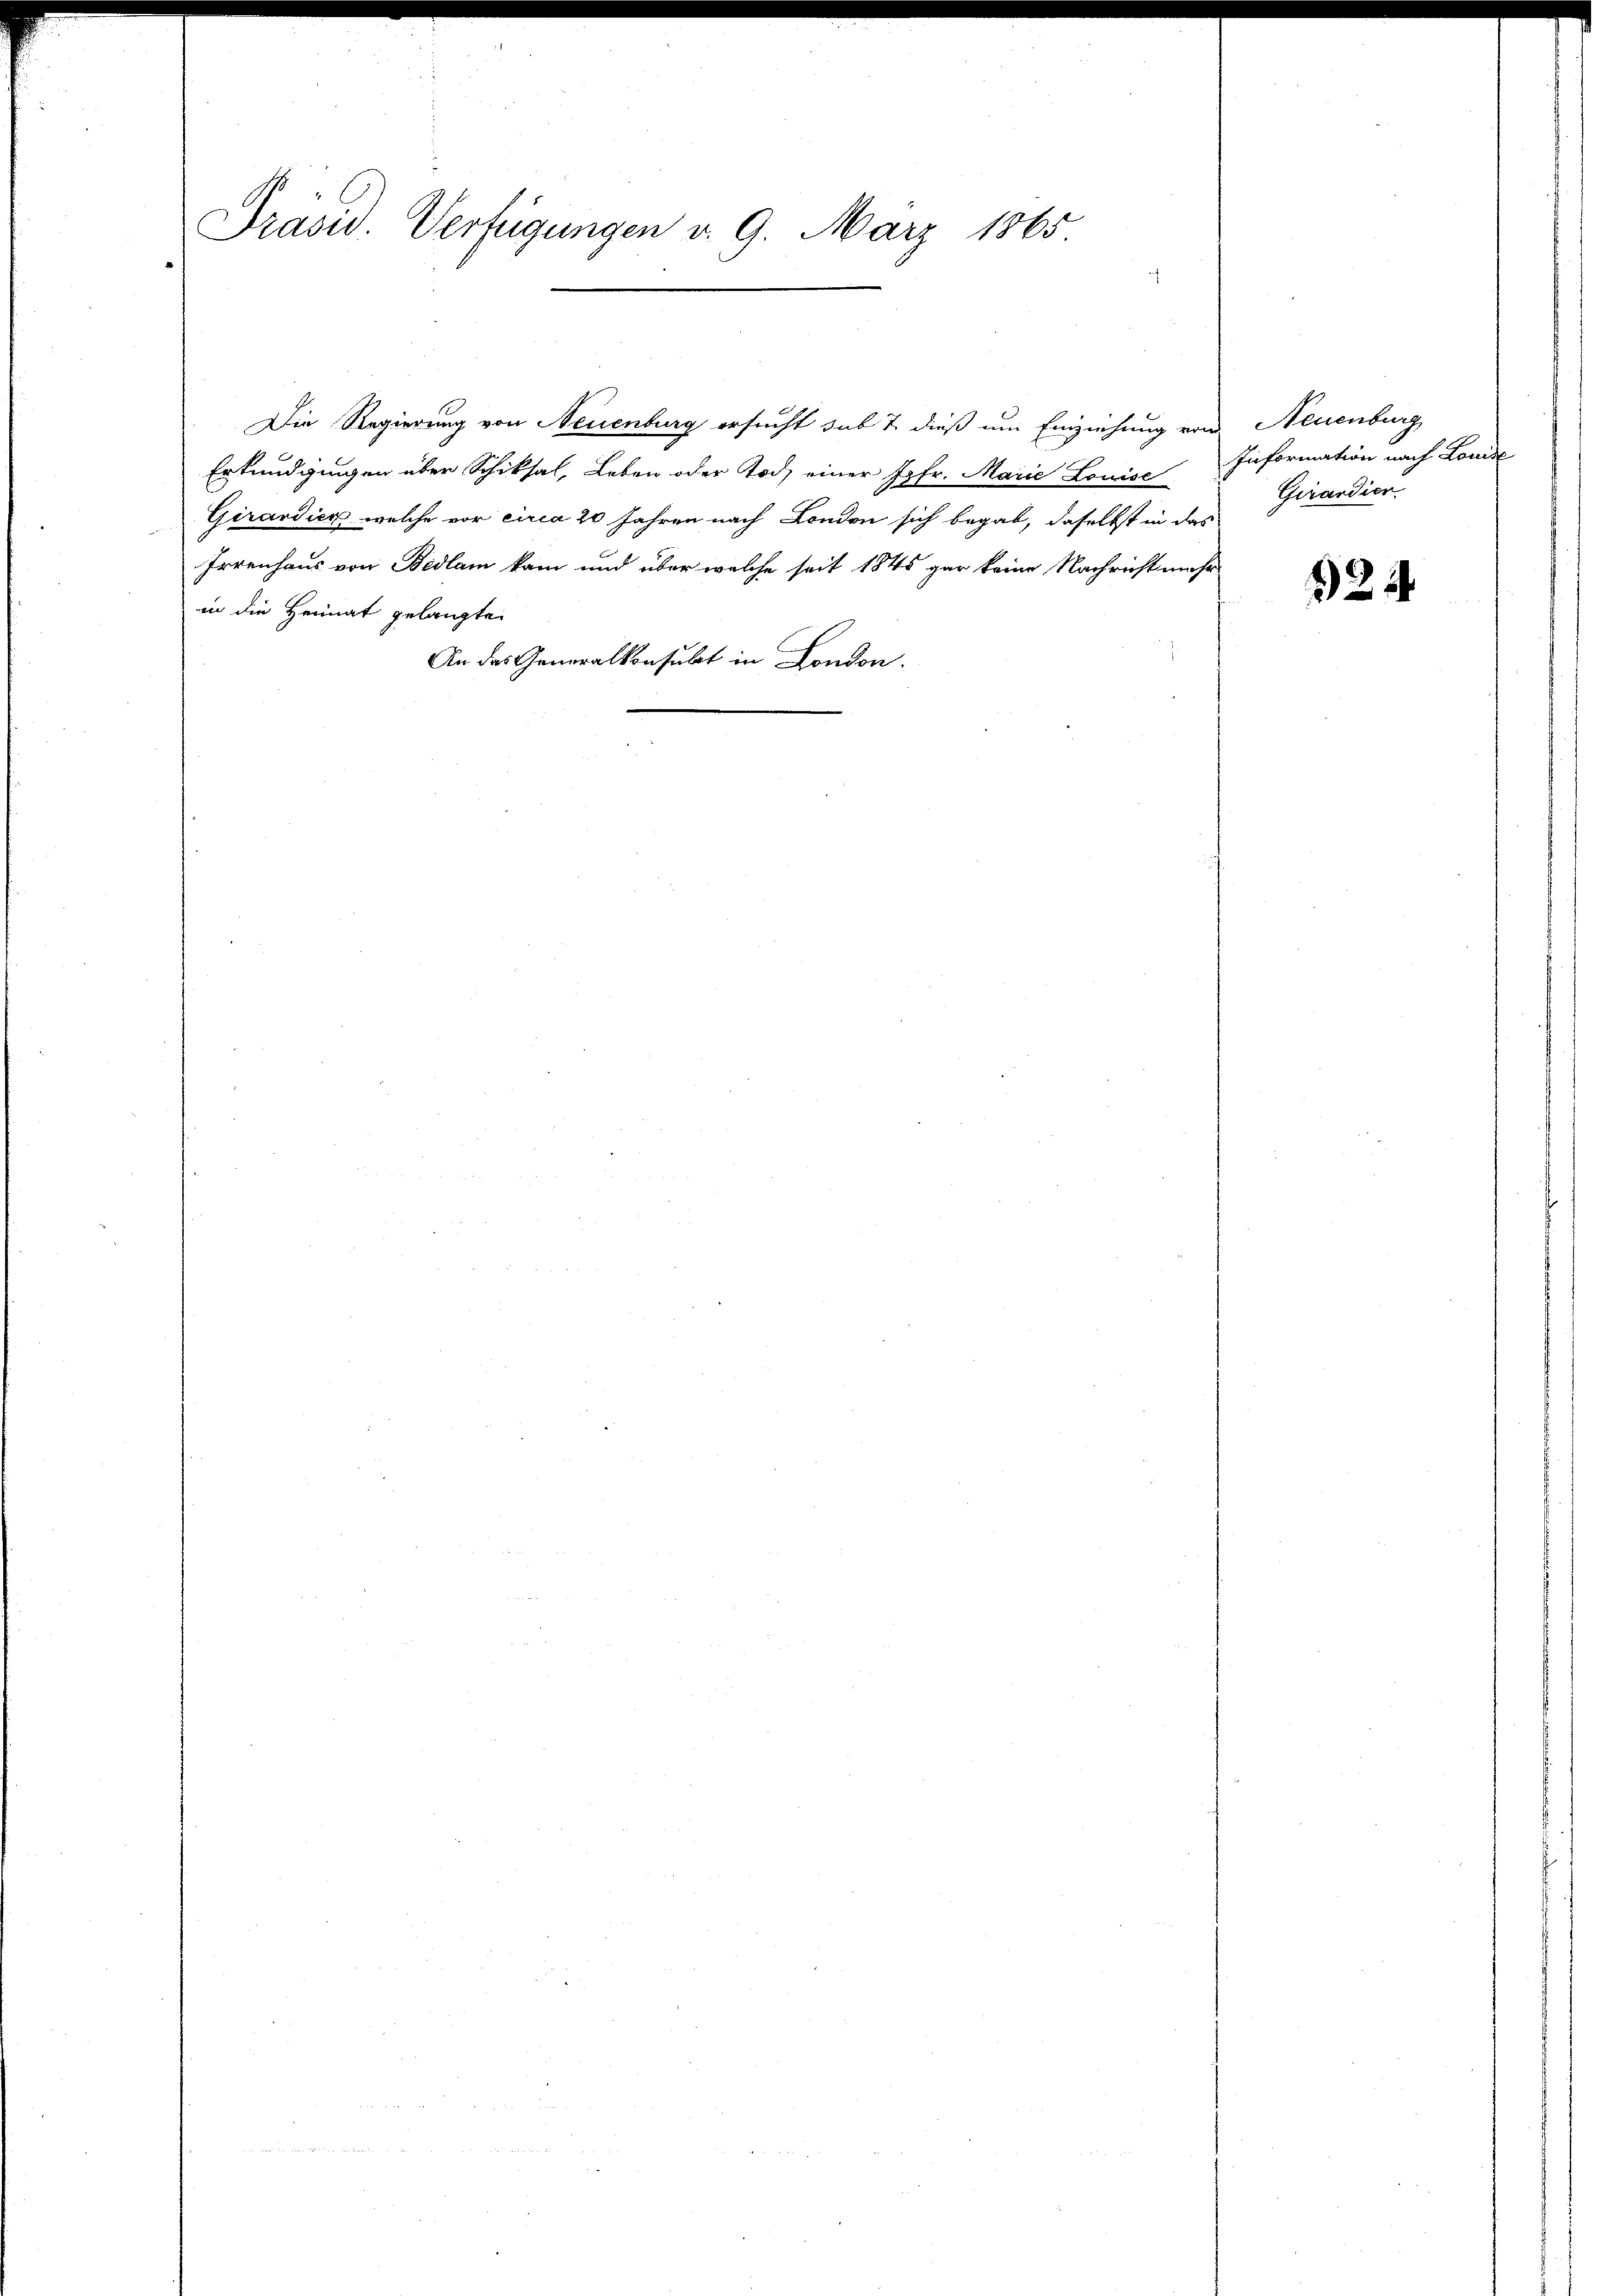
Erkundgungen über Schiksal, Leben oder Tod einer Jgfr. Marie Louise
Girardien welche vor circa 20 Jahren nach London sich begab, daselbst in das
Irrenhaus von Bedlam kam und über welche seit 1845 gar keine Nachricht mehr
in die Heimat gelangte
An das Generalkonsubet in London.

PPräsid. Verfügungen d. 9. März 1865

Die Regierung von Neuenburg ersucht sub 7. dieß um Einziehung von Neuenburg

Information nach Londe
Girardier.

2